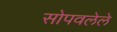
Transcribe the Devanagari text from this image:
सोपवलेले